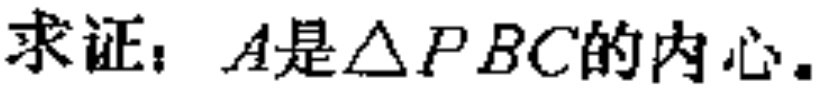
求证：\(A\)是\(\triangle PBC\)的内心。